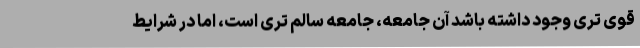
قوی تری وجود داشته باشد آن جامعه، جامعه سالم تری است، اما در شرایط